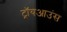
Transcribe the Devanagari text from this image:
ट्रॉयआउंस